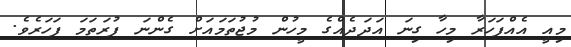
މިއީ އެއްފަހަރާ މިހާ ގިނަ އަދަދެއްގެ މީހުން މުޖުތަމައަށް ގެންނަ ފުރަތަމަ ފަހަރެވެ.